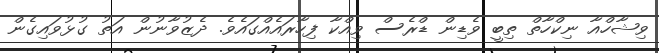
ވިޝާހްއާ ނިކްހާތް ތިބީ ވެޑިން ޑްރެސް ވިއްކާ ފިހާރައެއްގައެވެ. ދެޒުވާނުން އަތު ގުޅުވައިގެން